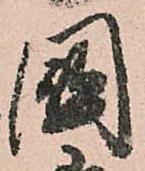
國